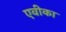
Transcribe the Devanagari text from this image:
एवीका